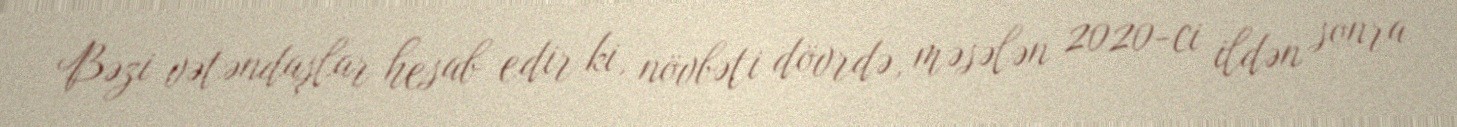
Bəzi vətəndaşlar hesab edir ki, növbəti dövrdə, məsələn 2020-ci ildən sonra